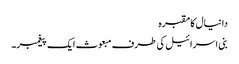
دانیال کا مقبرہ
بنی اسرائیل کی طرف مبعوث ایک پیغمبر۔